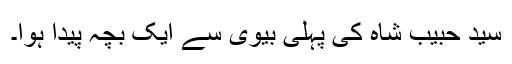
سید حبیب شاہ کی پہلی بیوی سے ایک بچہ پیدا ہوا۔